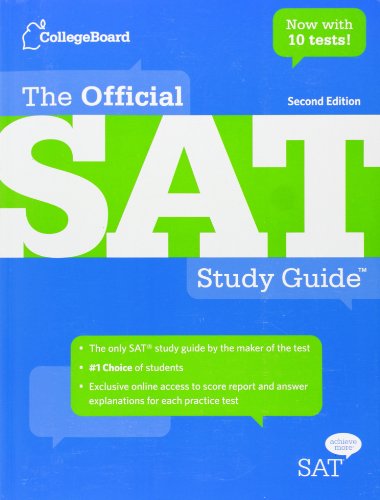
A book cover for The Official SAT Study Guide Second Edition; The College Board; Test Preparation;